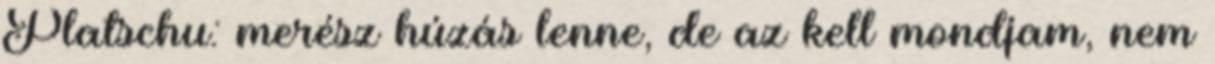
Platschu: merész húzás lenne, de az kell mondjam, nem